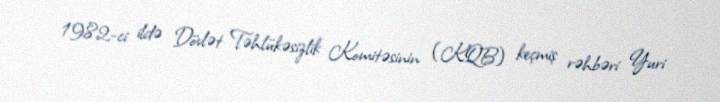
1982-ci ildə Dövlət Təhlükəsizlik Komitəsinin (KQB) keçmiş rəhbəri Yuri